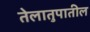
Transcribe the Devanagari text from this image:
तेलातुपातील